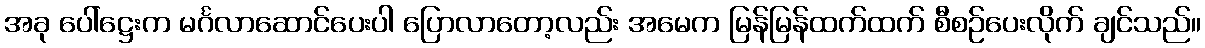
အခု ပေါ်ဋ္ဌေးက မင်္ဂလာဆောင်ပေးပါ ပြောလာတော့လည်း အမေက မြန်မြန်ထက်ထက် စီစဉ်ပေးလိုက် ချင်သည်။